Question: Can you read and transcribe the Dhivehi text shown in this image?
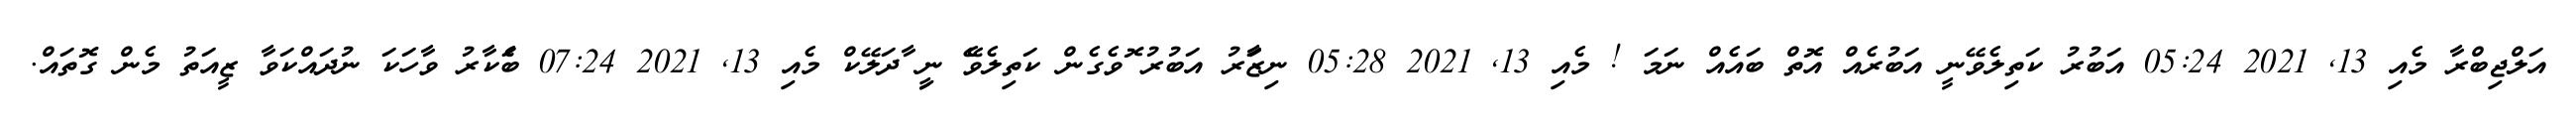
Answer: އަލްޖިބްރާ މެއި 13, 2021 05:24 އަބުރު ކަތިލެވޭނީ އަބުރެއް އޮތް ބައެއް ނަމަ ! މެއި 13, 2021 05:28 ނިޒަާރު އަބުރު ޮވެގެން ކަތިލެވެޭ ނިީ ާދަލޭކް މެއި 13, 2021 07:24 ބަެކާރު ވާހަކަ ނުދައްކަވާ ޒީއަތު މެން ގޮތައް.